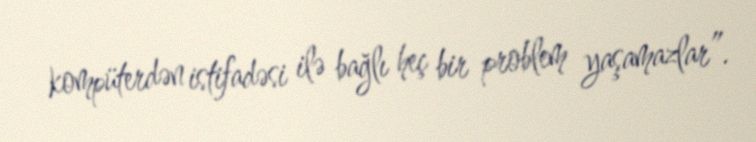
kompüterdən istifadəsi ilə bağlı heç bir problem yaşamazlar”.